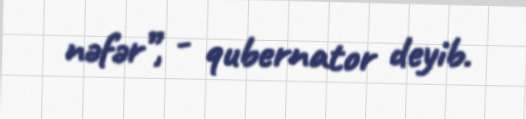
nəfər”, - qubernator deyib.